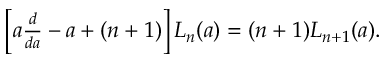
\begin{array} { r } { \left[ a \frac { d } { d a } - a + ( n + 1 ) \right] L _ { n } ( a ) = ( n + 1 ) L _ { n + 1 } ( a ) . } \end{array}